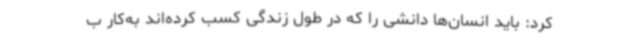
کرد: باید انسان‌ها دانشی را که در طول زندگی کسب کرده‌اند به‌کار ب